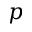
p